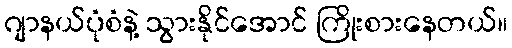
ဂျာနယ်ပုံစံနဲ့ သွားနိုင်အောင် ကြိုးစားနေတယ်။